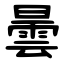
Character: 曇